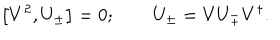
LaTeX: \left[ V ^ { 2 } , U _ { \pm } \right] = 0 ; \qquad U _ { \pm } = V U _ { \mp } V ^ { \dagger } .